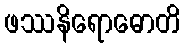
ဖဿနိရောဓောတိ